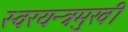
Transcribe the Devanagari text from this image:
स्वरयन्त्रमुखी